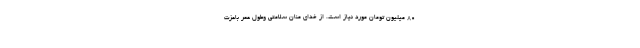
۸۰ میلیون تومان مورد نیاز است. از خدای منان سلامتی وطول عمر باعزت